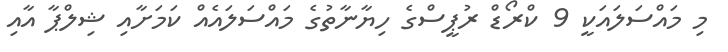
މި މައްސަލައަކީ 9 ކްރޯޑް ރުޕީސްގެ ހިޔާނާތުގެ މައްސަލައެއް ކަމަށާއި ޝިލްޕާ އާއި